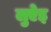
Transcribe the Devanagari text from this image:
लुऐइ